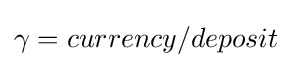
\gamma =currency/deposit